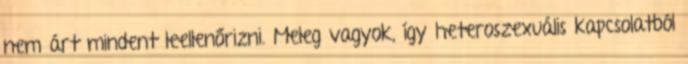
nem árt mindent leellenőrizni. Meleg vagyok, így heteroszexuális kapcsolatból